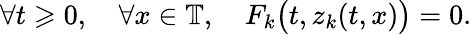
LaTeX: \forall t\geqslant 0,\quad\forall x\in\mathbb{T},\quad F_{k}\big(t,z_{k}(t,x)\big)=0.